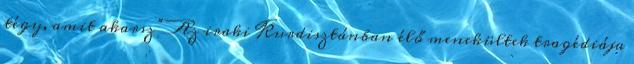
tégy, amit akarsz” Az iraki Kurdisztánban élő menekültek tragédiája